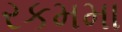
રકમમા